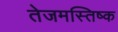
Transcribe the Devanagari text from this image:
तेजमस्तिष्क